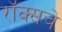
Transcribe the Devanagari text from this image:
रॉक्सचे